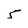
Character: 5